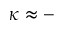
\kappa \approx -